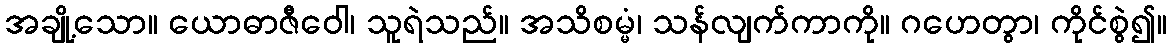
အချို့သော။ ယောဓာဇီဝေါ၊ သူရဲသည်။ အသိစမ္မံ၊ သန်လျက်ကာကို။ ဂဟေတွာ၊ ကိုင်စွဲ၍။